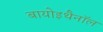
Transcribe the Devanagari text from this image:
बायोइथैनॉल